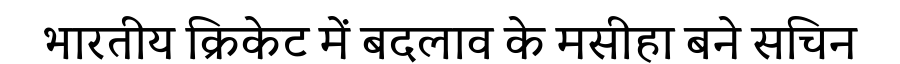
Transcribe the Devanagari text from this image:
भारतीय क्रिकेट में बदलाव के मसीहा बने सचिन